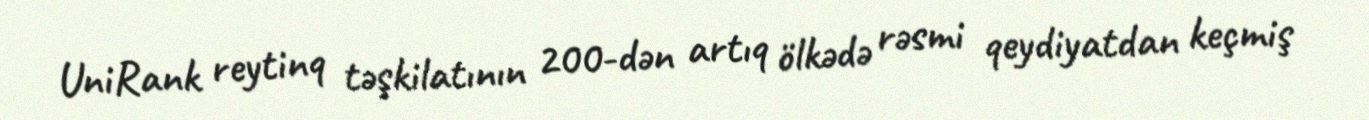
UniRank reytinq təşkilatının 200-dən artıq ölkədə rəsmi qeydiyatdan keçmiş